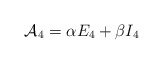
\begin{align*}{\cal A}_4= \alpha E_4 +\beta I_4\end{align*}